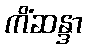
ကိံဆန္ဒာ